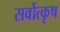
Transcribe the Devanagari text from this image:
सर्वोत्कृष